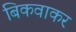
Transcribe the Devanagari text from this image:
बिकवाकर